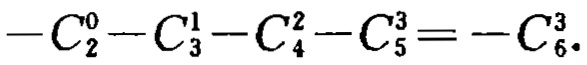
\(-C_{2}^{0}-C_{3}^{1}-C_{4}^{2}-C_{5}^{3}=-C_{6}^{3}\)